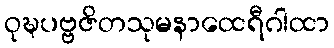
ဝုဍ္ဎပဗ္ဗဇိတသုမနာထေရီဂါထာ